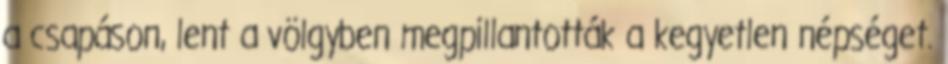
a csapáson, lent a völgyben megpillantották a kegyetlen népséget.